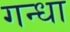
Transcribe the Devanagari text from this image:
गन्धा